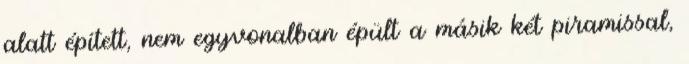
alatt épített, nem egyvonalban épült a másik két piramissal,